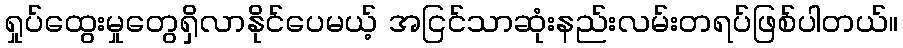
ရှုပ်ထွေးမှုတွေရှိလာနိုင်ပေမယ့် အငြင်သာဆုံးနည်းလမ်းတရပ်ဖြစ်ပါတယ်။